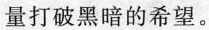
量打破黑暗的希望。